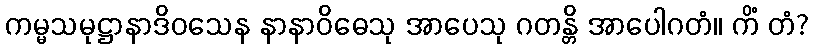
ကမ္မသမုဋ္ဌာနာဒိဝသေန နာနာဝိဓေသု အာပေသု ဂတန္တိ အာပေါဂတံ။ ကိံ တံ?